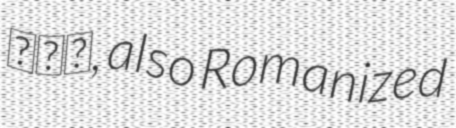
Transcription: زرد, also Romanized